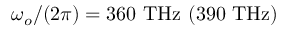
\omega _ { o } / ( 2 \pi ) = 3 6 0 \ \mathrm { T H z } \ ( 3 9 0 \ \mathrm { T H z } )